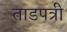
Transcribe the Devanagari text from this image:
ताडपत्री